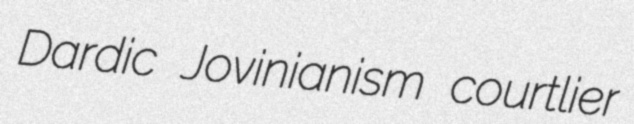
Dardic Jovinianism courtlier